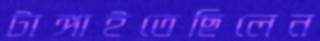
টাঙ্গাইতেছিলেন